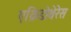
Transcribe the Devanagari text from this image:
एक्रिडोथेरेस